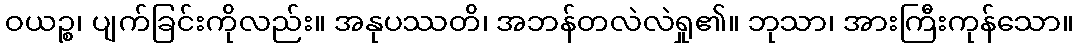
ဝယဉ္စ၊ ပျက်ခြင်းကိုလည်း။ အနုပဿတိ၊ အဘန်တလဲလဲရှု၏။ ဘုသာ၊ အားကြီးကုန်သော။